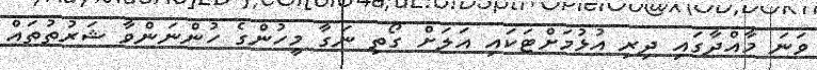
ވަަނަ މާއްދާގައި ދިރި އުޅުމަށްޓަކައި އަލަށް ގޯތި ނަގާ މީހުންގެ ހުންނަންވާ ޝަރުތުތައް